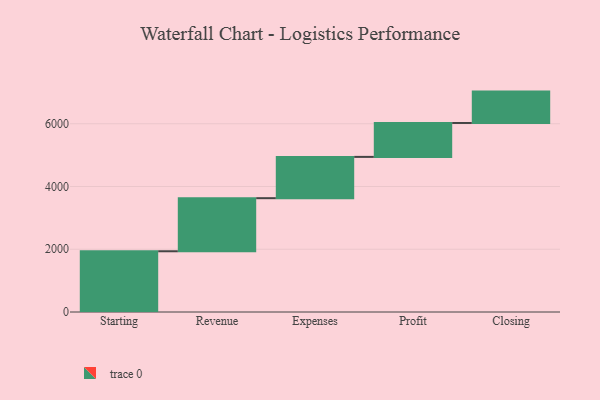
{"axis": {"x": "Step", "y": "Value"}, "legend": [""], "data": [{"x": "Starting", "y": 1936.0, "type": ""}, {"x": "Revenue", "y": 1692.0, "type": ""}, {"x": "Expenses", "y": 1316.0, "type": ""}, {"x": "Profit", "y": 1081.0, "type": ""}, {"x": "Closing", "y": 1000, "type": ""}]}